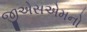
જીએસએમનો